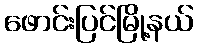
ဖောင်းပြင်မြို့နယ်